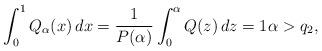
LaTeX: \begin{align*} \int_0^1 Q_\alpha(x) \, dx = \frac1{P(\alpha)} \int_0^\alpha Q ( z ) \, dz = 1 \alpha > q_2,\end{align*}